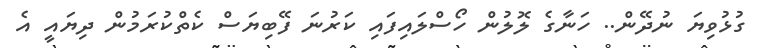
ގުޅުވިޔަ ނުދޭން.. ހަނާގެ ލޮލުން ހޯސްލައިފައި ކަރުނަ ފޭބިޔަސް ކެތްކުރަމުން ދިޔައީ އެ